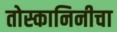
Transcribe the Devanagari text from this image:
तोस्कानिनीचा